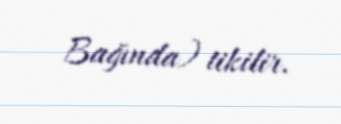
Bağında) tikilir.